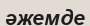
әжемде